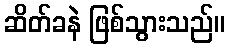
ဆိတ်ခနဲ ဖြစ်သွားသည်။